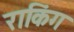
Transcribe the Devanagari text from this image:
राकिंग